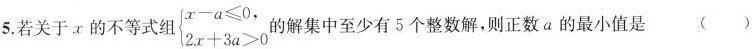
5.若关于x的不等式组 $$\left\{ \begin{matrix} x-a \leq 0, \\ 2x+3a>0 \\ \end{matrix} \right.$$ 的解集中至少有5个整数解，则正数a的最小值是 ()